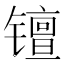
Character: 𫔑